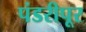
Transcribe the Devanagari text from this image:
पंडरीपूर